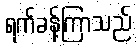
ရက်ခန့်ကြာသည်